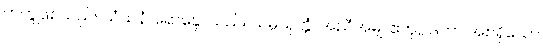
တကွဖြစ်သည်။ သံသနံ၊ ရောနှောသည်။ သမ္ပယုတ္တံ၊ အညီအမျှ၊ ဧကုပ္ပါဒတာ အစရှိသော